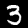
Label: 3